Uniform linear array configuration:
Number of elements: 4
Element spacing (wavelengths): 0.5
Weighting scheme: cosine
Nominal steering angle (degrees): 15
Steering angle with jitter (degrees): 16.61
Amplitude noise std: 0.05
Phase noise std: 0.05

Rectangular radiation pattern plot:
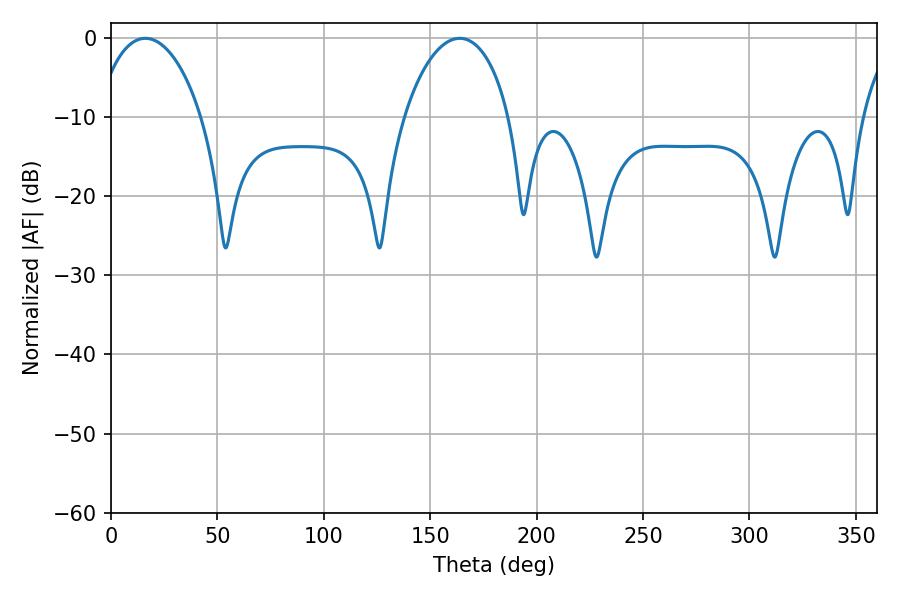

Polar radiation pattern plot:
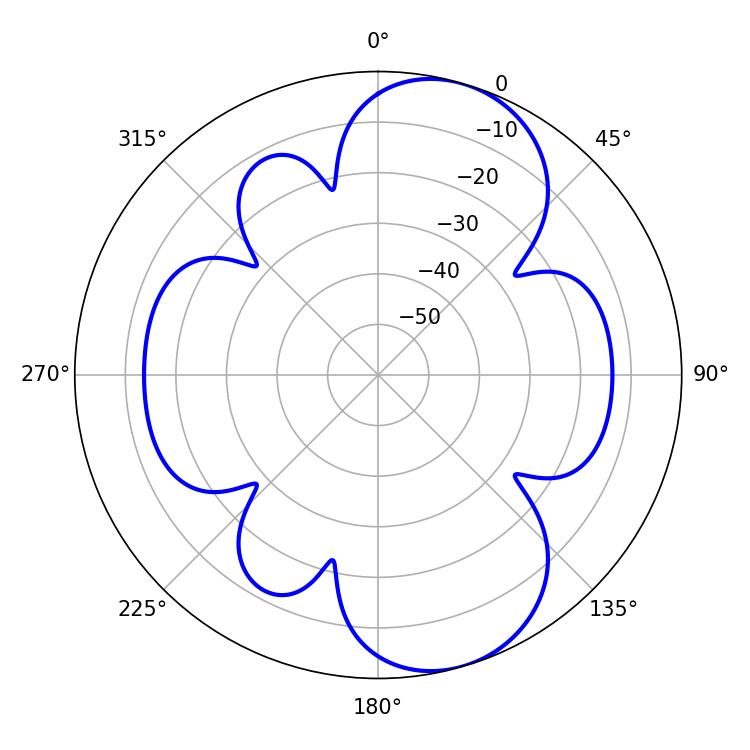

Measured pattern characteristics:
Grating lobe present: FALSE
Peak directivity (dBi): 8.696
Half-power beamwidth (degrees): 28.26
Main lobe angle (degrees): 16.2